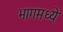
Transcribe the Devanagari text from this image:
भागमध्ये